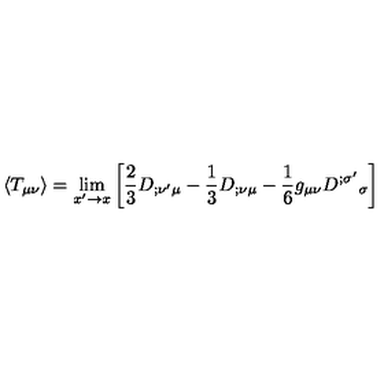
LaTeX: \langle T _ { \mu \nu } \rangle = \lim _ { x ^ { \prime } \rightarrow x } \left[ { \frac { 2 } { 3 } } { D } _ { ; \nu ^ { \prime } \mu } - { \frac { 1 } { 3 } } { D } _ { ; \nu \mu } - { \frac { 1 } { 6 } } g _ { \mu \nu } { D } ^ { ; \sigma ^ { \prime } } { } _ { \sigma } \right]